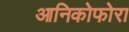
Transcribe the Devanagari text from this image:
आनिकोफोरा